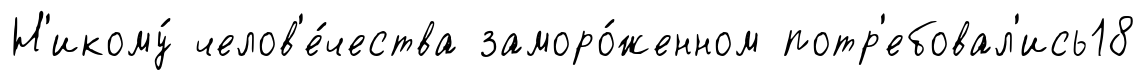
Н'икому́ челов'е́чества заморо́женном потр'ебовал'ись18